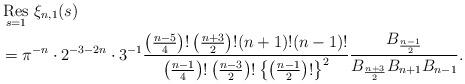
LaTeX: \begin{align*}& \mathop{{\rm Res}}_{s=1}\,\xi_{n,1}(s)\\& =\pi^{-n}\cdot 2^{-3-2n}\cdot 3^{-1}\frac{\left(\tfrac{n-5}{4}\right)!\left(\tfrac{n+3}{2}\right)!(n+1)!(n-1)!} {\left(\tfrac{n-1}{4}\right)!\left(\tfrac{n-3}{2}\right)! \left\{\left(\tfrac{n-1}{2}\right)!\right\}^2}\frac{B_{\frac{n-1}{2}}}{B_{\frac{n+3}{2}}B_{n+1}B_{n-1}}. \end{align*}